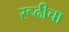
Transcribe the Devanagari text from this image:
रूढीचा